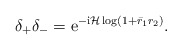
\begin{align*}\delta_{+} \delta_{-}=\mathrm{e}^{-\mathrm{i} \mathcal{H} \log \left(1+\bar{r}_1 r_2\right)} .\end{align*}